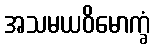
အသမယဝိမောက္ခံ